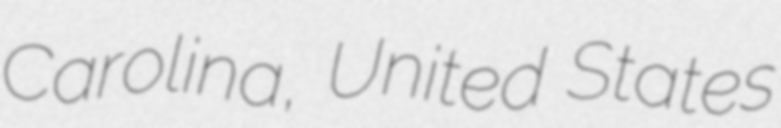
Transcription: Carolina, United States